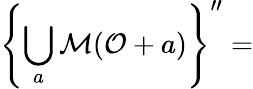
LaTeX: \left\{ \bigcup_{a}\mathcal{M}(\mathcal{O}+a)\right\} ^{\prime\prime}=